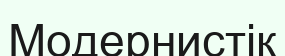
Модернистік